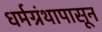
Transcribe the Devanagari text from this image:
धर्मग्रंथापासून